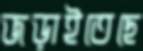
জড়াইতেছে